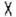
X